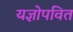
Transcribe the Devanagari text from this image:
यज्ञोपवित